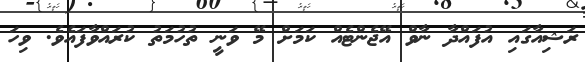
ރަޝިއާގައި އުފައްދާ ނާވް އޭޖެންޓެއް ކަމަށް މޭ ވަނީ ތުހުމަތު ކުރައްވާފައެވެ. ވިހަ